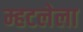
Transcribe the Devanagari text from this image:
म्हटलेला